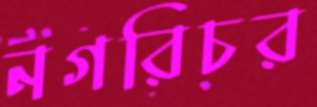
নগরিচর